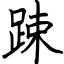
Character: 踈